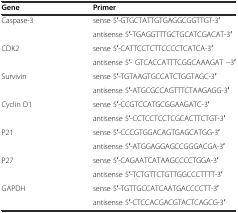
| Gene | Primer |
 | --- | --- |
 | <ROWSPAN=2> Caspase-3 | sense 5′-GTGCTATTGTGAGGCGGTTGT-3′ |
 | antisense 5′-TGAGGTTTGCTGCATCGACAT-3′ |
 | <ROWSPAN=2> CDK2 | sense 5′-CATTCCTCTTCCCCTCATCA-3′ |
 | antisense 5′- GTCACCATTTCGGCAAAGAT −3′ |
 | <ROWSPAN=2> Survivin | sense 5′-TGTAAGTGCCATCTGGTAGC-3′ |
 | antisense 5′-ATGCGCCAGTTTCTAAGAGG-3′ |
 | <ROWSPAN=2> Cyclin D1 | sense 5′-CCGTCCATGCGGAAGATC-3′ |
 | antisense 5′-CCTCCTCCTCGCACTTCTGT-3′ |
 | <ROWSPAN=2> P21 | sense 5′-CCCGTGGACAGTGAGCATGG-3′ |
 | antisense 5′-ATGGAGGAGCCGGGACGA-3′ |
 | <ROWSPAN=2> P27 | sense 5′-CAGAATCATAAGCCCCTGGA-3′ |
 | antisense 5′-TCTGTTCTGTTGGCCCTTTT-3′ |
 | <ROWSPAN=2> GAPDH | sense 5′-TGTTGCCATCAATGACCCCTT-3′ |
 | antisense 5′-CTCCACGACGTACTCAGCG-3′ |